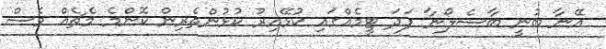
އޭނާ ބުނީ ބާސެލޯނާ ފަދަ ޓީމެއްގައި ކުޅޭއިރު ކުޅުންތެރިން ކޮންމެ މެޗެއް ވެސް